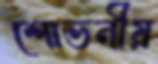
শোভনীয়